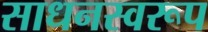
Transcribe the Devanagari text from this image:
साधनस्वरूप